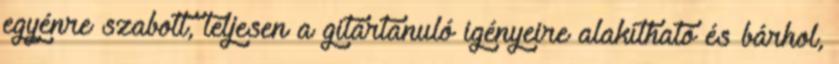
egyénre szabott, teljesen a gitártanuló igényeire alakítható és bárhol,